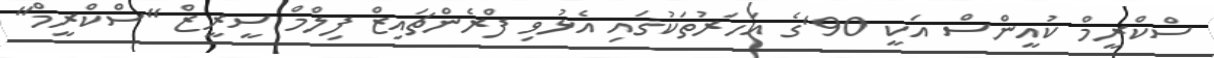
ސްކްރީމް ކުއީންސް އަކީ 90'ގެ އަހަރުތަކުގައި އެޅުވި ފްރެންޗައިޒް ފިލްމް ސީރީޒް "ސްކްރީމް"